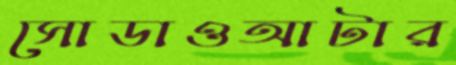
সোডাওআটার